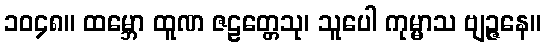
၁၀၄၈။ ထမ္ဘော ထူဏ ဇဠတ္တေသု၊ သူပေါ ကုမ္မာသ ဗျဉ္ဇနေ။